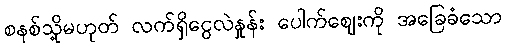
စနစ်သို့မဟုတ် လက်ရှိငွေလဲနှုန်း ပေါက်ဈေးကို အခြေခံသော